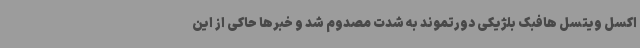
اکسل ویتسل هافبک بلژیکی دورتموند به شدت مصدوم شد و خبرها حاکی از این